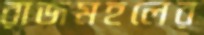
রাজমহলের